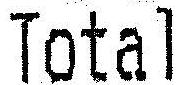
TOTAL